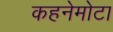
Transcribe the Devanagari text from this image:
कहनेमोटा